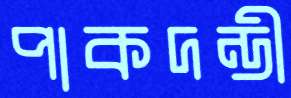
পাকদন্ডী